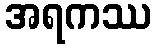
အရကဿ